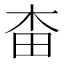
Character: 𣐭